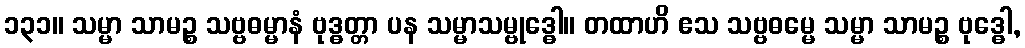
၁၃၁။ သမ္မာ သာမဉ္စ သဗ္ဗဓမ္မာနံ ဗုဒ္ဓတ္တာ ပန သမ္မာသမ္ဗုဒ္ဓေါ။ တထာဟိ ဧသ သဗ္ဗဓမ္မေ သမ္မာ သာမဉ္စ ဗုဒ္ဓေါ,